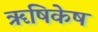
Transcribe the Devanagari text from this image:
ॠषिकेष